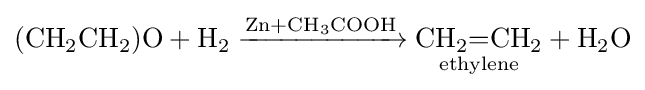
{(\mathrm {CH} {\vphantom {A}}_{\smash[{t}]{2}}\mathrm {CH} {\vphantom {A}}_{\smash[{t}]{2}})\mathrm {O} {}+{}\mathrm {H} {\vphantom {A}}_{\smash[{t}]{2}}{}\mathrel {\xrightarrow {{\text{Zn}}{}+{}\mathrm {CH} {\vphantom {A}}_{\smash[{t}]{3}}\mathrm {COOH} } } {}{\underset {\mathrm {ethylene} }{\mathrm {CH} {\vphantom {A}}_{\smash[{t}]{2}}{=}\mathrm {CH} {\vphantom {A}}_{\smash[{t}]{2}}}}{}+{}\mathrm {H} {\vphantom {A}}_{\smash[{t}]{2}}\mathrm {O} }